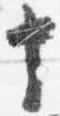
十